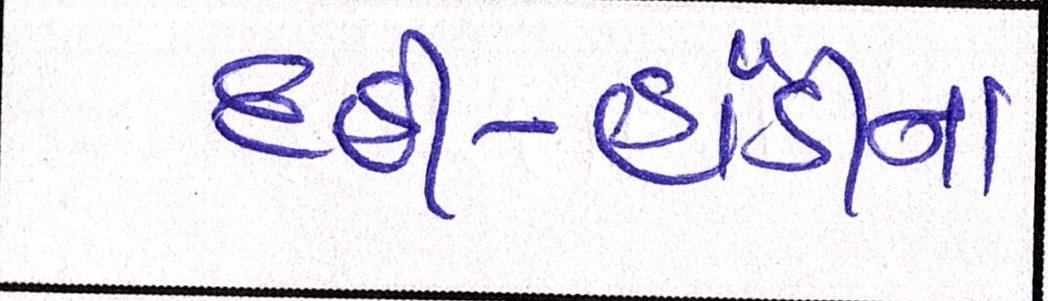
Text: દહીં-હાંડીનાં